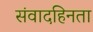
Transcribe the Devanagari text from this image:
संवादहिनता